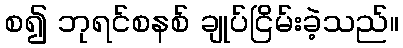
စ၍ ဘုရင်စနစ် ချုပ်ငြိမ်းခဲ့သည်။